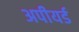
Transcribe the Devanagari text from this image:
अपीयर्ड